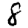
Digit: 8